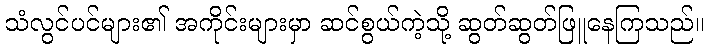
သံလွင်ပင်များ၏ အကိုင်းများမှာ ဆင်စွယ်ကဲ့သို့ ဆွတ်ဆွတ်ဖြူနေကြသည်။